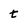
Character: t